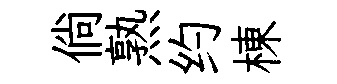
倘熟约棟